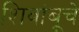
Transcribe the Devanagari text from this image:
शिवांबूचे